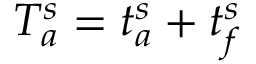
T _ { a } ^ { s } = t _ { a } ^ { s } + t _ { f } ^ { s }